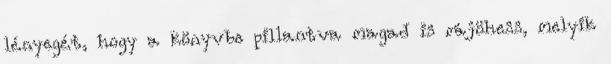
lényegét, hogy a könyvbe pillantva magad is rájöhess, melyik